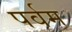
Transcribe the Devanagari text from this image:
पर्वम